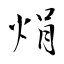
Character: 焆